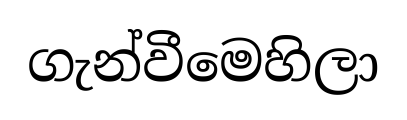
ගැන්වීමෙහිලා